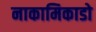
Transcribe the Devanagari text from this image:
नाकामिकाडो